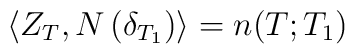
\langle Z_T , N \, (\delta_{T_1}) \rangle = n( T; T_1)